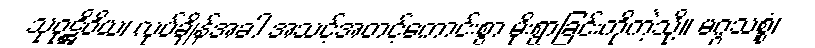
သုဝုဋ္ဌိဝိယ၊ လုပ်ချိန်အခါ အသင့်အတင့်ကောင်းစွာ မိုးရွာခြင်းကိုကဲ့သို့။ မဂ္ဂသစ္စံ၊